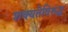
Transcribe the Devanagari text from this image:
शक्यतेविरुद्ध